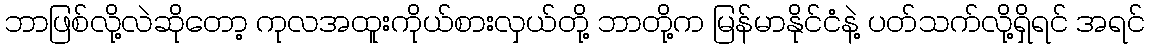
ဘာဖြစ်လို့လဲဆိုတော့ ကုလအထူးကိုယ်စားလှယ်တို့ ဘာတို့က မြန်မာနိုင်ငံနဲ့ ပတ်သက်လို့ရှိရင် အရင်